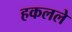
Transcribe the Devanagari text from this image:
हकलले